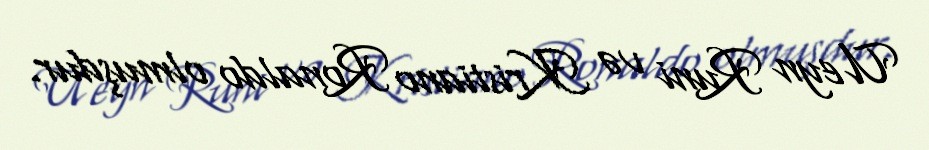
Ueyn Runi və Kristiano Ronaldo olmuşdur.